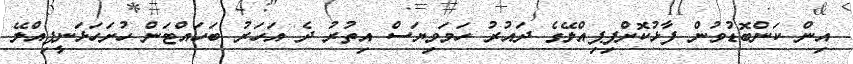
އިން ކަންބޮޑުވުން ފާޅުކޮށްފިޕިއްލޭގެ ދައުރު ހަމަވިޔަސް އިތުރު ދެ އަހަރު ބަހައްޓަން ހުށަހަޅަނީޕިއްލޭ